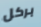
بركل